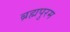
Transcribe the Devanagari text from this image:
ब्रह्मपुरम